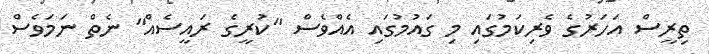
ތިރީސް އަހަރުގެ ވެރިކަމުގައި މި ގައުމުގައި އެއްވެސް "ކުރީގެ ރައީސެއް" ނެތް ނަމަވެސް